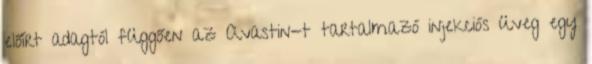
előírt adagtól függően az Avastin-t tartalmazó injekciós üveg egy